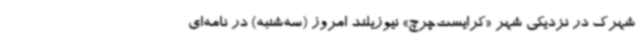
شهرک در نزدیکی شهر «کرایست‌چرچ» نیوزیلند امروز (سه‌شنبه) در نامه‌ای